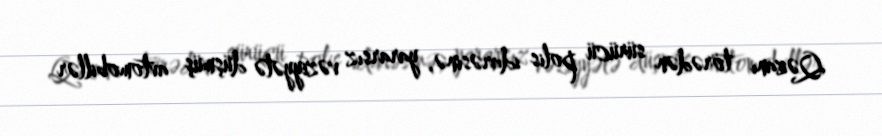
Qəzanı törədən sürücü polis idarəsinə, yararsız vəziyyətə düşmüş avtomobillər